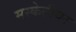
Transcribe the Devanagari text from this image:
मस्केटीयर